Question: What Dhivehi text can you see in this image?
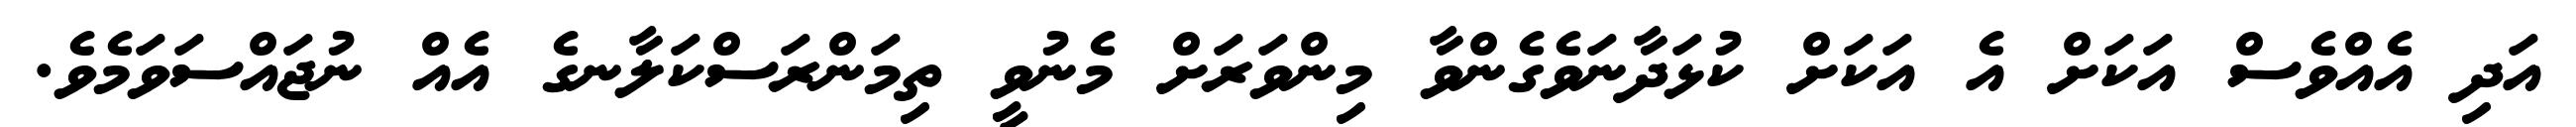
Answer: އަދި އެއްވެސް އަކަށް އެ އަކަށް ކުޅަދާނަވެގެންވާ މިންވަރަށް މެނުވީ ތިމަންރަސްކަލާނގެ އެއް ނުޖައްސަވަމެވެ.